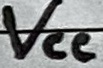
Text: VCC